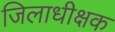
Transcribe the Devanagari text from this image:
जिलाधीक्षक